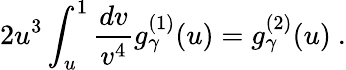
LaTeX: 2u^{3}\int_{u}^{1}\frac{dv}{v^{4}}g_{\gamma}^{(1)}(u)=g_{\gamma}^{(2)}(u)~.